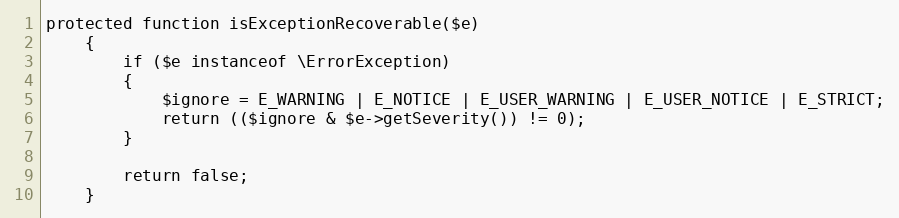
Language: PHP
protected function isExceptionRecoverable($e)
	{
		if ($e instanceof \ErrorException)
		{
			$ignore = E_WARNING | E_NOTICE | E_USER_WARNING | E_USER_NOTICE | E_STRICT;
			return (($ignore & $e->getSeverity()) != 0);
		}

		return false;
	}